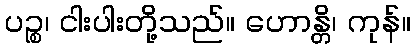
ပဉ္စ၊ ငါးပါးတို့သည်။ ဟောန္တိ၊ ကုန်။